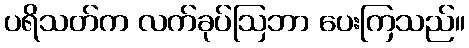
ပရိသတ်က လက်ခုပ်ဩဘာ ပေးကြသည်။